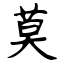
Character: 莫